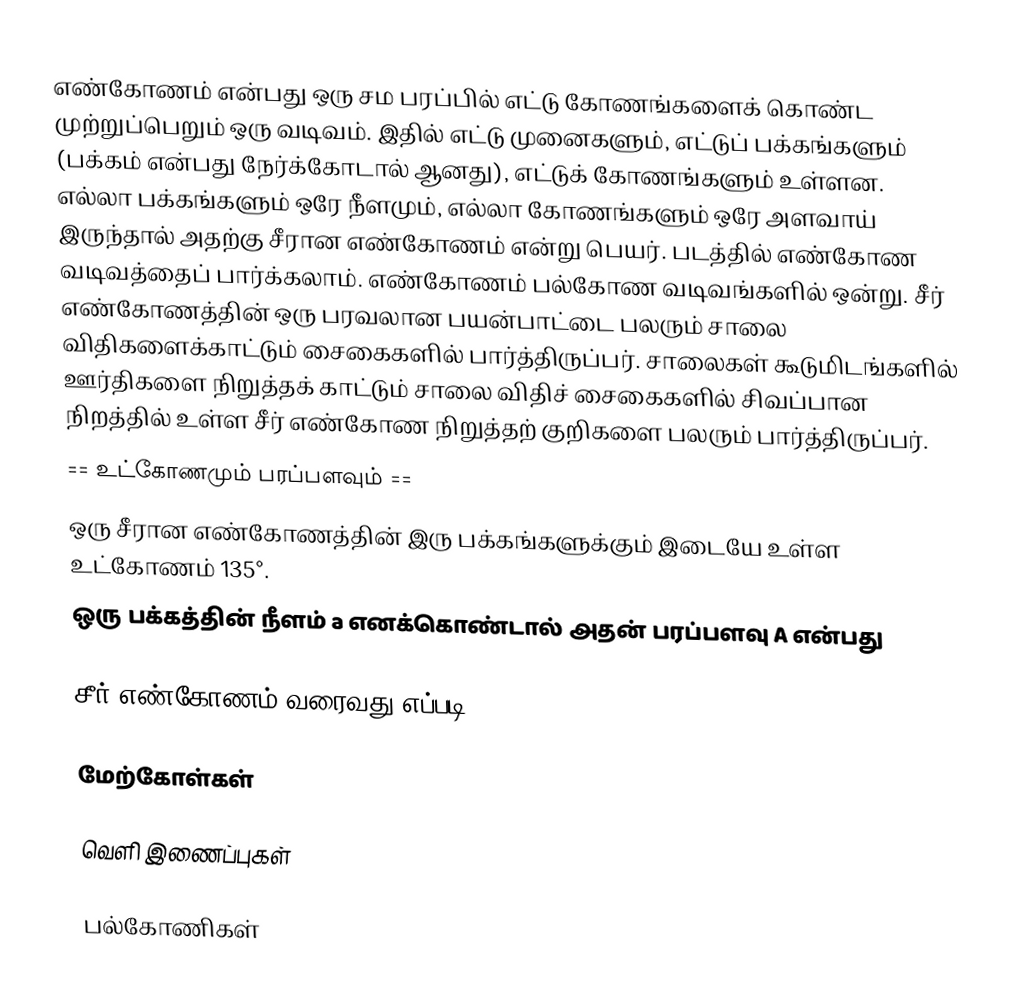
எண்கோணம் என்பது ஒரு சம பரப்பில் எட்டு கோணங்களைக் கொண்ட முற்றுப்பெறும் ஒரு வடிவம். இதில் எட்டு முனைகளும், எட்டுப் பக்கங்களும் (பக்கம் என்பது நேர்க்கோடால் ஆனது), எட்டுக் கோணங்களும் உள்ளன. எல்லா பக்கங்களும் ஒரே நீளமும், எல்லா கோணங்களும் ஒரே அளவாய் இருந்தால் அதற்கு சீரான எண்கோணம் என்று பெயர். படத்தில் எண்கோண வடிவத்தைப் பார்க்கலாம். எண்கோணம் பல்கோண வடிவங்களில் ஒன்று. சீர் எண்கோணத்தின் ஒரு பரவலான பயன்பாட்டை பலரும் சாலை விதிகளைக்காட்டும் சைகைகளில் பார்த்திருப்பர். சாலைகள் கூடுமிடங்களில் ஊர்திகளை நிறுத்தக் காட்டும் சாலை விதிச் சைகைகளில் சிவப்பான நிறத்தில் உள்ள சீர் எண்கோண நிறுத்தற் குறிகளை பலரும் பார்த்திருப்பர்.
== உட்கோணமும் பரப்பளவும் ==
 ஒரு சீரான எண்கோணத்தின் இரு பக்கங்களுக்கும் இடையே உள்ள உட்கோணம் 135°.
 ஒரு பக்கத்தின் நீளம் a எனக்கொண்டால் அதன் பரப்பளவு A என்பது

சீர் எண்கோணம் வரைவது எப்படி ?

மேற்கோள்கள்

வெளி இணைப்புகள்

பல்கோணிகள்